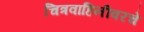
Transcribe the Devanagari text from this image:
चित्रवाहिनीवरचे